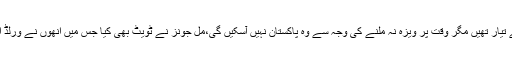
مل جونز کا کہنا ہے وہ پاکستان جانے کے لیے تیار تھیں مگر وقت پر ویزہ نہ ملنے کی وجہ سے وہ پاکستان نہیں آسکیں گی،مل جونز نے ٹویٹ بھی کیا جس میں اُنھوں نے ورلڈ الیون کی پاکستان آمد کو خوش آئند قرار دیا ہے۔